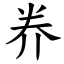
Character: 奍